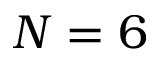
N = 6